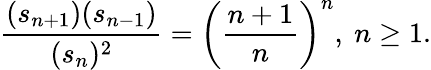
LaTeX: {\frac{(s_{n+1})(s_{n-1})}{(s_{n})^{2}}}=\left({\frac{n+1}{n}}\right)^{n},~n\geq 1.